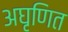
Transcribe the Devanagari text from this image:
अघृणित